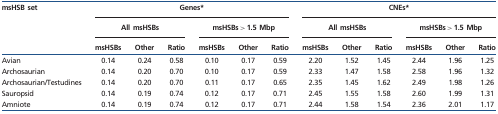
<table><thead><tr><td rowspan="3"><b>msHSB set</b></td><td colspan="6"><b>Genes*</b></td><td colspan="6"><b>CNEs*</b></td></tr><tr><td colspan="3"><b>All msHSBs</b></td><td colspan="3"><b>msHSBs &gt; 1.5 Mbp</b></td><td colspan="3"><b>All msHSBs</b></td><td colspan="3"><b>msHSBs &gt; 1.5 Mbp</b></td></tr><tr><td><b>msHSBs</b></td><td><b>Other</b></td><td><b>Ratio</b></td><td><b>msHSBs</b></td><td><b>Other</b></td><td><b>Ratio</b></td><td><b>msHSBs</b></td><td><b>Other</b></td><td><b>Ratio</b></td><td><b>msHSBs</b></td><td><b>Other</b></td><td><b>Ratio</b></td></tr></thead><tbody><tr><td>Avian</td><td>0.14</td><td>0.24</td><td>0.58</td><td>0.10</td><td>0.17</td><td>0.59</td><td>2.20</td><td>1.52</td><td>1.45</td><td>2.44</td><td>1.96</td><td>1.25</td></tr><tr><td>Archosaurian</td><td>0.14</td><td>0.20</td><td>0.70</td><td>0.10</td><td>0.17</td><td>0.59</td><td>2.33</td><td>1.47</td><td>1.58</td><td>2.58</td><td>1.96</td><td>1.32</td></tr><tr><td>Archosaurian/Testudines</td><td>0.14</td><td>0.20</td><td>0.70</td><td>0.11</td><td>0.17</td><td>0.65</td><td>2.35</td><td>1.45</td><td>1.62</td><td>2.49</td><td>1.98</td><td>1.26</td></tr><tr><td>Sauropsid</td><td>0.14</td><td>0.19</td><td>0.74</td><td>0.12</td><td>0.17</td><td>0.71</td><td>2.45</td><td>1.55</td><td>1.58</td><td>2.60</td><td>1.99</td><td>1.31</td></tr><tr><td>Amniote</td><td>0.14</td><td>0.19</td><td>0.74</td><td>0.12</td><td>0.17</td><td>0.71</td><td>2.44</td><td>1.58</td><td>1.54</td><td>2.36</td><td>2.01</td><td>1.17</td></tr></tbody></table>